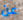
عن